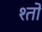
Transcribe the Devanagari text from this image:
श्तो